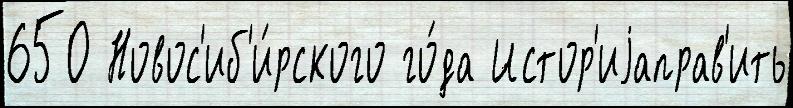
650 Новос'иб'и́рского го́да Истор'иjаправ'ить